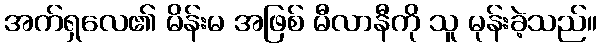
အက်ရှလေ၏ မိန်းမ အဖြစ် မီလာနီကို သူ မုန်းခဲ့သည်။